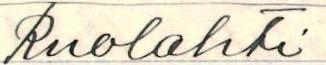
Ruolahti